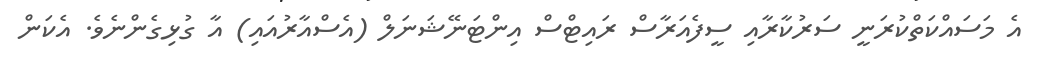
އެ މަސައްކަތްކުރަނީ ސަރުކާރާއި ސީފެއަރާސް ރައިޓްސް އިންޓަނޭޝަނަލް (އެސްއާރުއައި) އާ ގުޅިގެންނެވެ. އެކަން